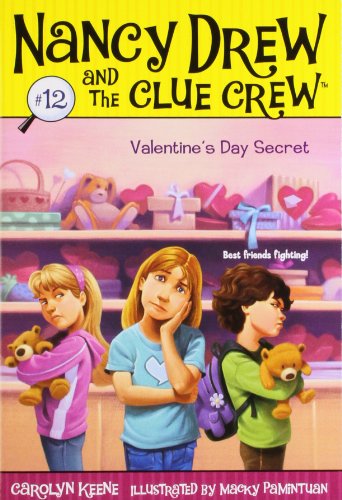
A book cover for Valentine's Day Secret (Nancy Drew and the Clue Crew #12); Carolyn Keene; Children's Books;